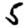
Digit: 5